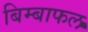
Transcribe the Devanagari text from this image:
बिम्बाफल